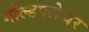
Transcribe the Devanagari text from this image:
गोल्डफ्लेचर